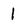
Character: 1